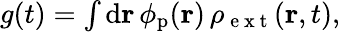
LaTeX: \begin{array}{r}{g(t)=\int\mathrm{d}\mathbf{r}\, \phi_{\mathrm{p}}(\mathbf{r})\, \rho_{\mathrm{~e~x~t~}}(\mathbf{r},t),}\end{array}